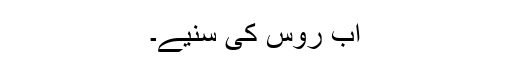
اب روس کی سنیے۔